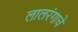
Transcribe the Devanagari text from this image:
लालरंगाचे